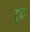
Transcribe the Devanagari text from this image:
द्दृढ